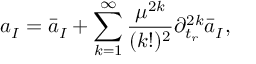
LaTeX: a _ { I } = \bar { a } _ { I } + \sum _ { k = 1 } ^ { \infty } { \frac { \mu ^ { 2 k } } { ( k ! ) ^ { 2 } } } \partial _ { t _ { r } } ^ { 2 k } \bar { a } _ { I } ,